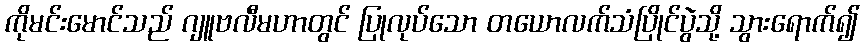
ကိုမင်းမောင်သည် ဂျူဗလီမဟာတွင် ပြုလုပ်သော တယောလက်သံပြိုင်ပွဲသို့ သွားရောက်၍